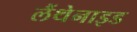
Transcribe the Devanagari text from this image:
लैंथेनाइड